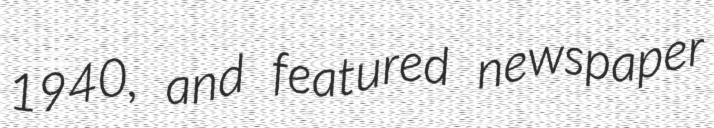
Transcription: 1940, and featured newspaper